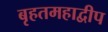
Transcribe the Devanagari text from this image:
बृहतमहाद्वीप